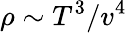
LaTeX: \rho\sim T^{3}/v^{4}